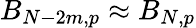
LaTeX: B_{N-2m,p}\approx B_{N,p}